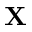
\mathbf { X }